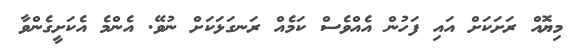
މިޔޮއް ރަށަކަށް އައި ފަހުން އެއްވެސް ކަމެއް ރަނގަޅަކަށް ނުވޭ. އެންމެ އެކަށީގެންވާ